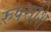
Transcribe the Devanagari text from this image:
रुपराशि